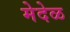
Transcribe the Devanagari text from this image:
मेदेळ